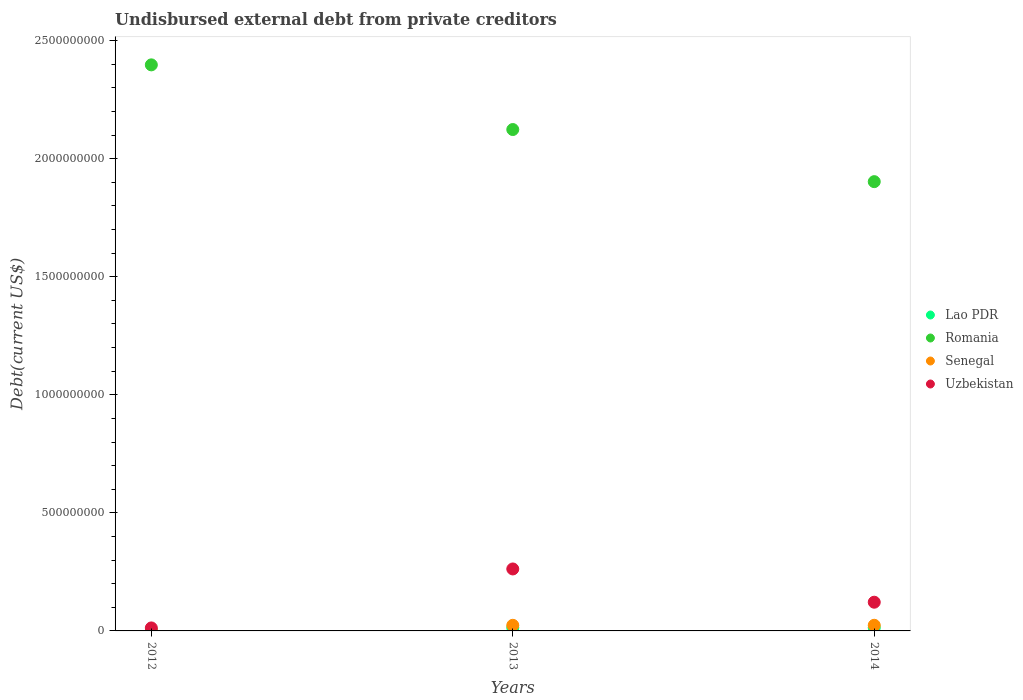
| Years | Lao PDR | Romania | Senegal | Uzbekistan |
 | --- | --- | --- | --- | --- |
 | 2012 | 2.76e+06 | 2.4e+09 | 1.28e+06 | 1.27e+07 |
 | 2013 | 1.35e+07 | 2.12e+09 | 2.38e+07 | 2.62e+08 |
 | 2014 | 1.36e+07 | 1.9e+09 | 2.39e+07 | 1.22e+08 |